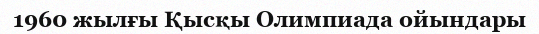
1960 жылғы Қысқы Олимпиада ойындары